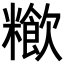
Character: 𥽁